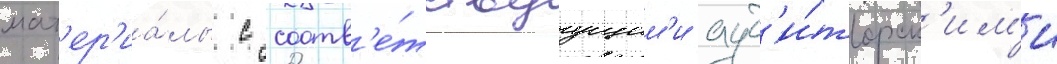
мат'ер'иа́лы с соотв'е́тствуущим'и ауд'и́торск'им'и